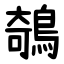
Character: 鵸